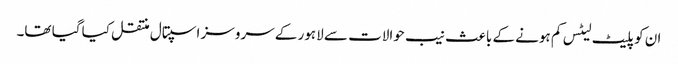
ان کو پلیٹ لیٹس کم ہونے کے باعث نیب حوالات سے لاہور کے سروسز اسپتال منتقل کیا گیا تھا۔